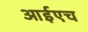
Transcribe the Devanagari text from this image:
आईएच